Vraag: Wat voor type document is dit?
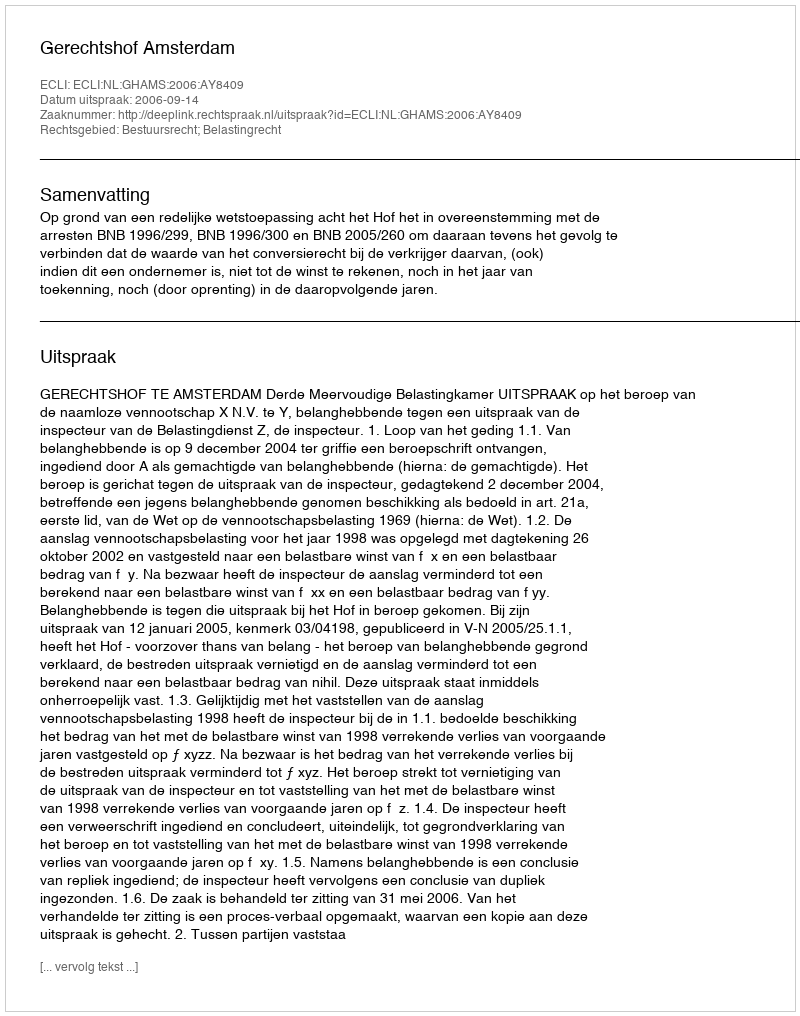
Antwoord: Uitspraak